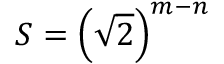
S = \left( { \sqrt { 2 } } \right) ^ { m - n }